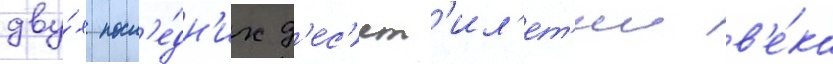
дву́х посл'е́дн'их д'ес'ят'ил'ет'ии в'е́ка